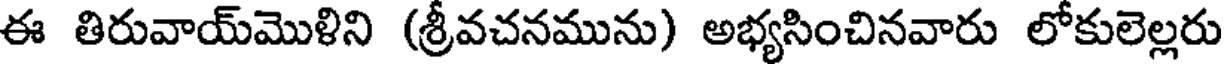
ఈ తిరువాయ్మొళిని (శ్రీవచనమును) అభ్యసించినవారు లోకులెల్లరు